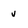
Character: v